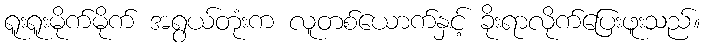
ရူးရူးမိုက်မိုက် အရွယ်တုံးက လူတစ်ယောက်နှင့် ခိုးရာလိုက်ပြေးဖူးသည်။